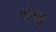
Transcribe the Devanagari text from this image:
अॅग्न्यू